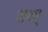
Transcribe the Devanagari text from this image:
जपम्